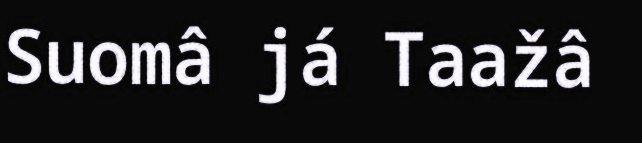
Suomâ já Taažâ